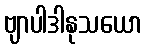
ဗျာပါဒါနုသယော